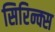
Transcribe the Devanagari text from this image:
सिरिन्क्स